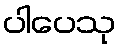
ပါပေသု